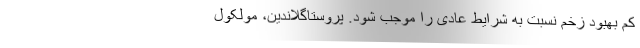
کم بهبود زخم نسبت به شرایط عادی را موجب شود. پروستاگلاندین، مولکول